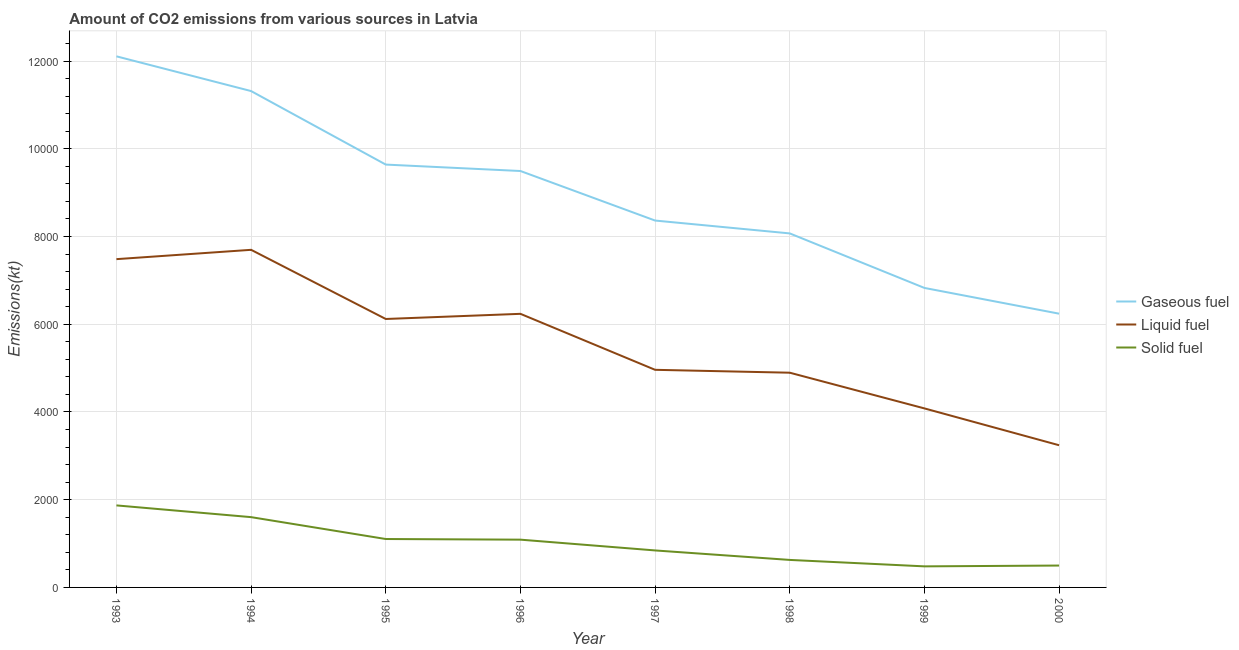
| Year | Gaseous fuel | Liquid fuel | Solid fuel |
 | --- | --- | --- | --- |
 | 1993 | 1.21e+04 | 7.48e+03 | 1.87e+03 |
 | 1994 | 1.13e+04 | 7.7e+03 | 1.6e+03 |
 | 1995 | 9.64e+03 | 6.12e+03 | 1.1e+03 |
 | 1996 | 9.49e+03 | 6.24e+03 | 1.09e+03 |
 | 1997 | 8.36e+03 | 4.96e+03 | 843 |
 | 1998 | 8.07e+03 | 4.9e+03 | 627 |
 | 1999 | 6.83e+03 | 4.08e+03 | 480 |
 | 2000 | 6.24e+03 | 3.24e+03 | 499 |